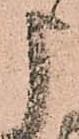
申